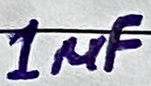
Text: 1µF